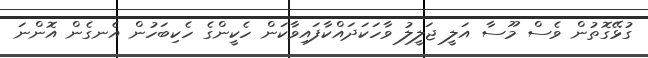
ގުޅޭގޮތުން ވެސް މޫސާ އަލީ ޖަލީލު ވާހަކަދައްކާފައިވާކަން ހެކީންގެ ހެކިބަހުން އެނގެން އޮންނަ